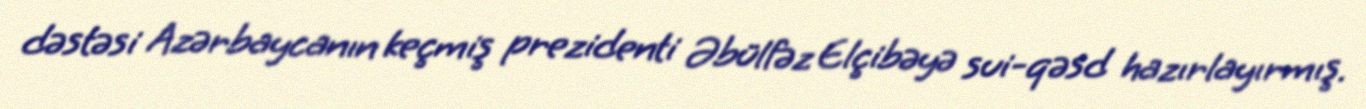
dəstəsi Azərbaycanın keçmiş prezidenti Əbülfəz Elçibəyə sui-qəsd hazırlayırmış.